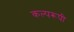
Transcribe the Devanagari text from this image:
कल्परूपी